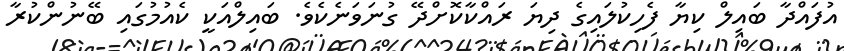
އުފައްދާ ބައިލް ކިޔާ ފެހިކުލައިގެ ދިޔަ ރައްކާކޮށްދޭ ގުނަވަނެކެވެ. ބައިލްއަކީ ކެއުމުގައި ބޭނުންކުރާ